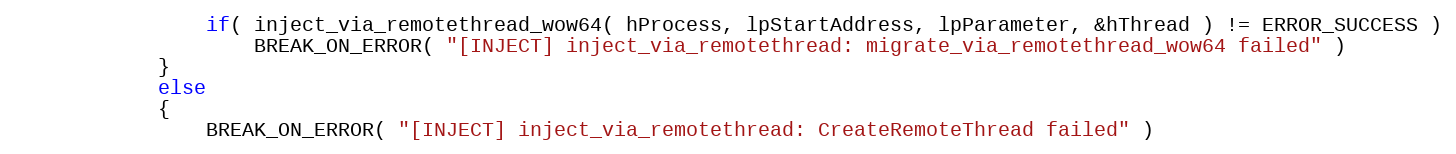
Language: C
				if( inject_via_remotethread_wow64( hProcess, lpStartAddress, lpParameter, &hThread ) != ERROR_SUCCESS )
					BREAK_ON_ERROR( "[INJECT] inject_via_remotethread: migrate_via_remotethread_wow64 failed" )
			}
			else
			{
				BREAK_ON_ERROR( "[INJECT] inject_via_remotethread: CreateRemoteThread failed" )